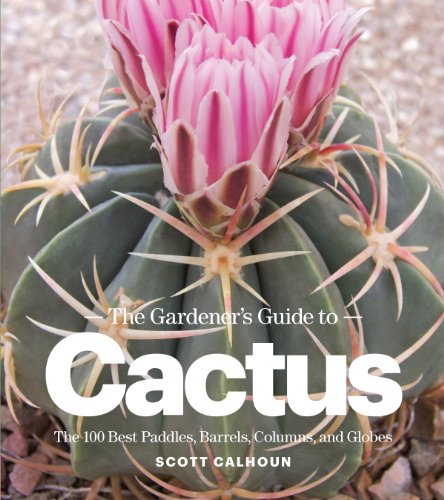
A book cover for The Gardener's Guide to Cactus: The 100 Best Paddles, Barrels, Columns, and Globes; Scott Calhoun; Crafts, Hobbies & Home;